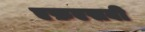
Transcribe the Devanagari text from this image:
एफ़एसबी